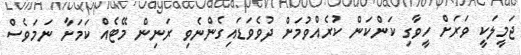
ޖަމީލަކީ ވަރަށް ހީވާގި ކަންކަން ކުރެއްވުމަށް ދުވެވަޑައިގެންނެވި ރަނިން މޭޓެއް ކަމަށާ ނަމަވެސް